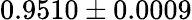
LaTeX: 0.9510\pm 0.0009